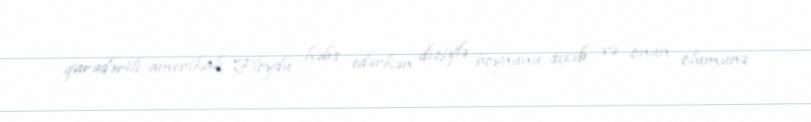
qaradərili amerikalı Floydu həbs edərkən diziylə boynunu sıxıb və onun ölümünə